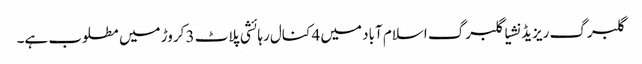
گلبرگ ریزیڈنشیا گلبرگ اسلام آباد میں 4 کنال رہائشی پلاٹ 3 کروڑ میں مطلوب ہے۔